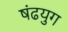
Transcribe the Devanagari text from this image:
षंढयुग